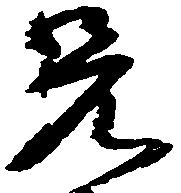
兄